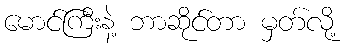
မောင်ကြီးနဲ့ ဘာဆိုင်တာ မှတ်လို့